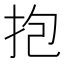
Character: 抱